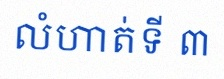
លំហាត់ទី ៣